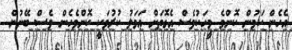
އެހެން ކަމުން ކޮންމެ މީހަކުވެސް އެގޮތަށް ޢަމަލު ކުރުމަކީ ކޮންމެހެން ވެސް ބޭނުން